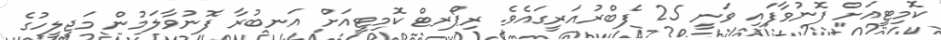
ކޮމިޓީއަށް ފޮނުވާފައި ވަނީ 25 ފެބްރުއަރީގައެވެ. ރިޕޯރޓް ކޮމިޓީއަށް އަނބުރާ ފޮނުވާލަމުން މަޖިލީހުގެ